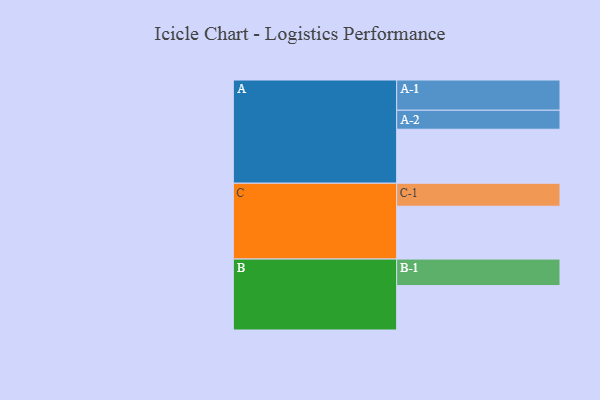
{"axis": {"x": "Segment", "y": "Value"}, "legend": ["", "A", "B", "C"], "data": [{"x": "A", "y": 523, "type": ""}, {"x": "B", "y": 430, "type": ""}, {"x": "C", "y": 512, "type": ""}, {"x": "A-1", "y": 293, "type": "A"}, {"x": "A-2", "y": 184, "type": "A"}, {"x": "B-1", "y": 257, "type": "B"}, {"x": "C-1", "y": 223, "type": "C"}]}